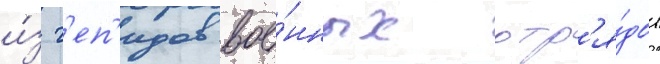
и́з г'еп'идов вое́нных отр'я́дов